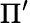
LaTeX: \Pi^{\prime}